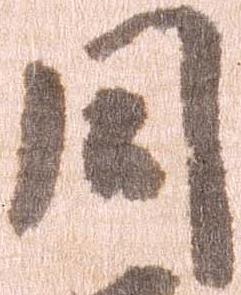
同